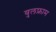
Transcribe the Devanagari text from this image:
वुलफ्राम